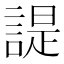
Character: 諟